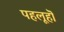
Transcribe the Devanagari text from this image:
पहलूहॊं